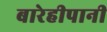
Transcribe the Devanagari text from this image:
बारेहीपानी